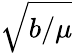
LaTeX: \sqrt{b/\mu}